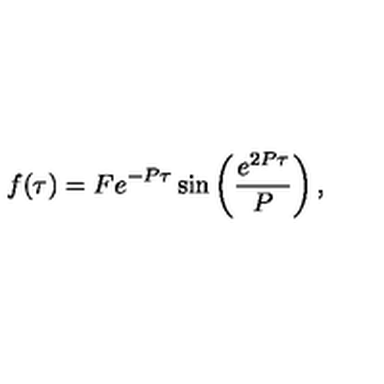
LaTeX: f ( \tau ) = F e ^ { - P \tau } \sin \left( \frac { e ^ { 2 P \tau } } { P } \right) ,